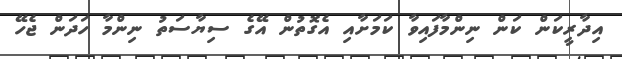
އިދާރީކަން ކަން ނިންމާފައިވާ ކަމަށާއި އެގޮތުން އޭގެ ސިޔާސަތު ނިންމާ ހަދަން ޖެހޭ